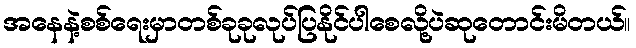
အနေနဲ့စစ်ရေးမှာတစ်ခုခုလုပ်ပြနိုင်ပါစေလို့ပဲဆုတောင်းမိတယ်။